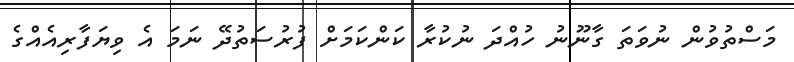
މަސްތުވުން ނުވަތަ ގާނޫނު ހުއްދަ ނުކުރާ ކަންކަމަށް ފުރުސަތުދޭ ނަމަ އެ ވިޔަފާރިއެއްގެ